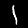
Label: 1